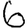
Digit: 6